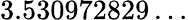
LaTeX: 3.530972829\ldots